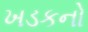
ખડકનો